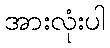
အားလုံးပါ